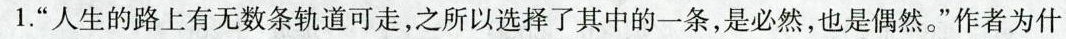
1.”人生的路上有无数条轨道可走，之所以选择了其中的一条，是必然，也是偶然。”作者为什